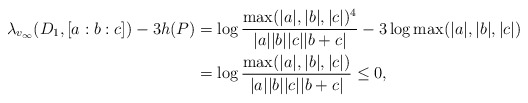
\begin{align*}\lambda_{v_\infty}(D_1,[a:b:c]) - 3 h(P) &= \log \frac{\max(|a|,|b|,|c|)^4}{|a| |b| |c| |b+c|} - 3 \log \max(|a|,|b|,|c|) \\&= \log \frac{\max(|a|,|b|,|c|)}{|a| |b| |c| |b+c|} \le 0,\end{align*}